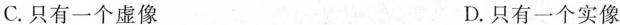
C.只有一个虚像 D.只有一个实像